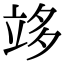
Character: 䇋